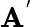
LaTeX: \mathbf{A}^{'}